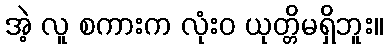
အဲ့ လူ စကားက လုံးဝ ယုတ္တိမရှိဘူး။